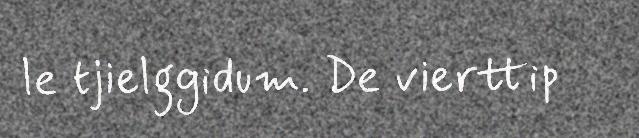
le tjielggidum. De vierttip